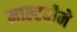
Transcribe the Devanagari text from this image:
माल्टबीने